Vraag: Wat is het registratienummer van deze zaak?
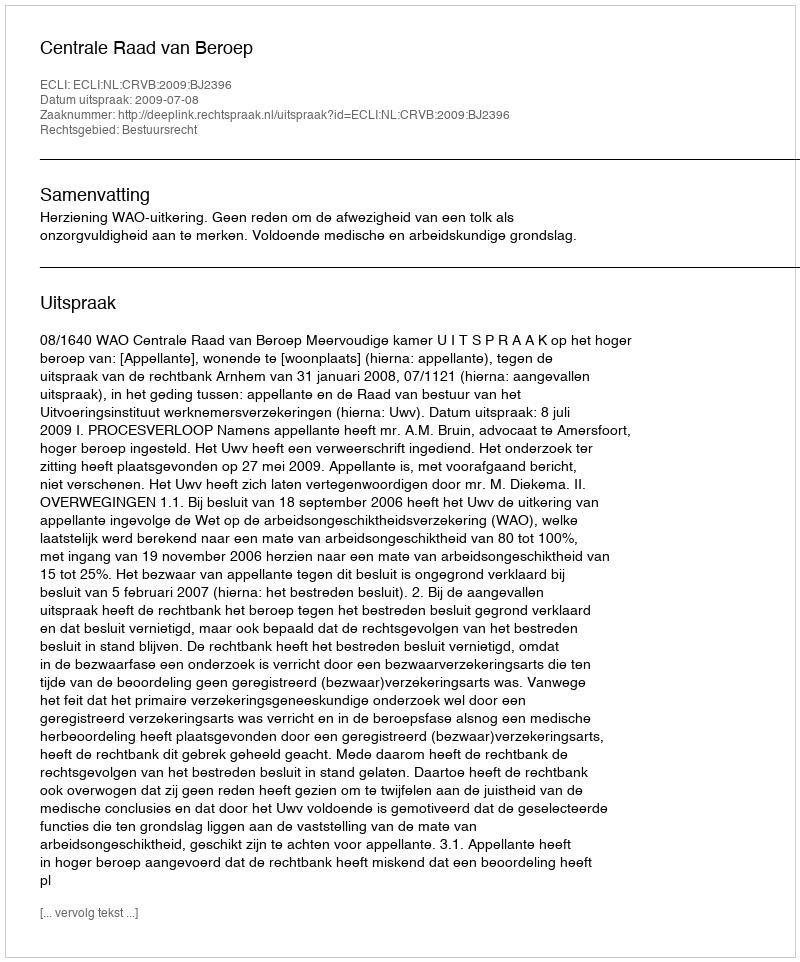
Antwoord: http://deeplink.rechtspraak.nl/uitspraak?id=ECLI:NL:CRVB:2009:BJ2396